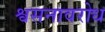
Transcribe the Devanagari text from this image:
श्वसनावरोध